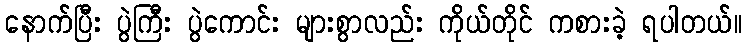
နောက်ပြီး ပွဲကြီး ပွဲကောင်း များစွာလည်း ကိုယ်တိုင် ကစားခဲ့ ရပါတယ်။